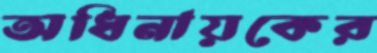
অধিনায়কের